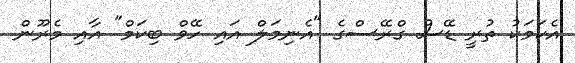
އެކަމަކު ތުރީ ޑޭސް ގްރޭސްގެ "އެނިމަލް އައި ހޭވް ބިކަމް" އާއި މެރޫން